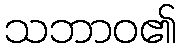
သဘာဝ၏